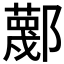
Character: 𲆢